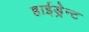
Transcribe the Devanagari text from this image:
हाईड्रेन्ट